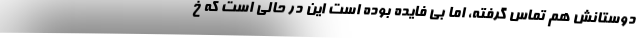
دوستانش هم تماس گرفته، اما بی فایده بوده است این در حالی است که خ